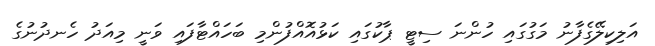
އަލިކިލޭގެފާނު މަގުގައި ހުންނަ ސިޓީ ޕާކުގައި ކަޅުއޮއްފުންމި ބަހައްޓާފައި ވަނީ މިއަދު ހެނދުނުގެ